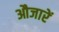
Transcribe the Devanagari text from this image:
औजारें